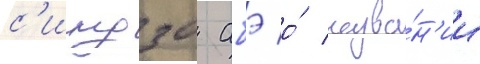
с'индзо абэ о́ назва́н'ии